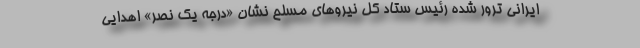
ایرانی ترور شده رئیس ستاد کل نیروهای مسلح نشان «درجه یک نصر» اهدایی